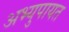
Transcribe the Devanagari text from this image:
अभ्युपायत